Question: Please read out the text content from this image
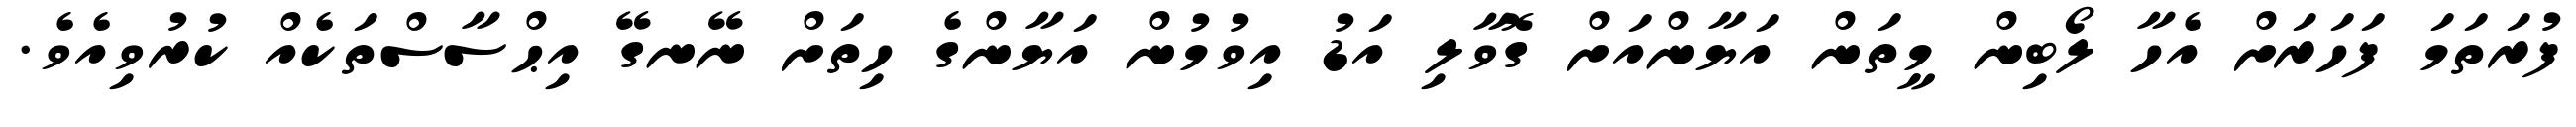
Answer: ފުރަތަމަ ފަހަރަށް އެހާ ލޯބިން މީތަން އަޔާންއަށް ގޮވާލި އަޑު އިވުމުން އަޔާންގެ ހިތަށް ނޭނގޭ އިޙްސާސްތަކެއް ކުރުވިއެވެ.